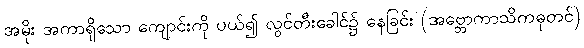
အမိုး အကာရှိသော ကျောင်းကို ပယ်၍ လွင်တီးခေါင်၌ နေခြင်း (အဗ္ဘောကာသိကဓုတင်)